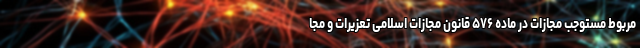
مربوط مستوجب مجازات در ماده ۵۷۶ قانون مجازات اسلامی تعزیرات و مجا